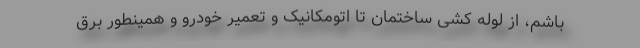
باشم، از لوله کشی ساختمان تا اتومکانیک و تعمیر خودرو و همینطور برق